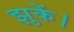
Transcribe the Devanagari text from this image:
झुकें।